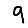
Digit: 9